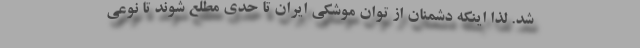
شد. لذا اینکه دشمنان از توان موشکی ایران تا حدی مطلع شوند تا نوعی